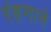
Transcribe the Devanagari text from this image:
रंहगाने